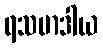
ရသမာဒါယ